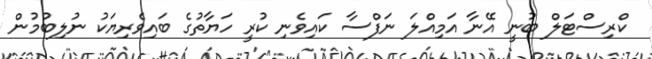
ކްރިސްޓަލް ބުނީ އޭނާ އަމިއްލަ ނަފްސާ ކައިވެނި ކުރީ ހަޔާތުގެ ބައިވެރިޔަކު ނުލިބުމުން